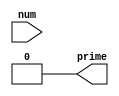
module IsPrime (
    input wire [31:0] num,
    output wire prime
);

  assign prime = isPrime(49);


function isPrime;
    input [31:0] n;
    integer i;

    if (n <= 1) begin
      
        isPrime = 0; // Not a prime number
    end
  else begin
      
      
        isPrime = 1; // Assume it's prime
        for (i = 2; i * i <= n; i = i + 1) begin
          
            if (n % i == 0) begin
                isPrime = 0;
         
              // Not a prime number
              
              
                $display("%d is not a prime number", n);
                
            end
        end
        if (isPrime == 1) begin
            $display("%d is a prime number", n);
        end
    end
endfunction

endmodule